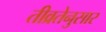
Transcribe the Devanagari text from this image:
तीव्रतेनुसार